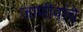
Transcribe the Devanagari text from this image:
जाणीवांचे